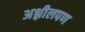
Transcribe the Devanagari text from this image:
अश्लीलपण